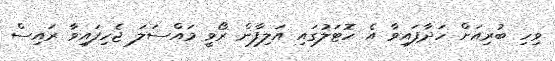
ވިހި ބުރިއަށް ހަދާފައިވާ އެ ހޮޓަލުގައި އަލިފާން ރޯވީ މައްސަލަ ޖެހިފައިވާ ރައިސް